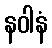
နဝါနံ